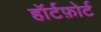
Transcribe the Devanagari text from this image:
हॉर्टफ़ोर्ट